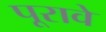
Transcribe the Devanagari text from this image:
पूरावे